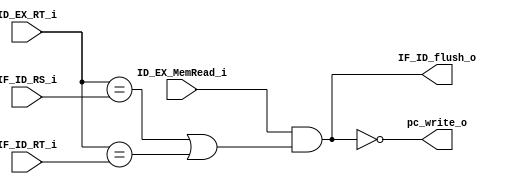
module HazardDetectUnit(
                               input ID_EX_MemRead_i,
							   input [5-1:0] ID_EX_RT_i,
							   input [5-1:0] IF_ID_RS_i,
							   input [5-1:0] IF_ID_RT_i,
							   output pc_write_o,
							   output IF_ID_flush_o
							   );

assign pc_write_o = ~(ID_EX_MemRead_i && ((ID_EX_RT_i == IF_ID_RS_i) || (ID_EX_RT_i == IF_ID_RT_i)));
assign IF_ID_flush_o = (ID_EX_MemRead_i && ((ID_EX_RT_i == IF_ID_RS_i) || (ID_EX_RT_i == IF_ID_RT_i)));

/*
always @(*) begin
  if(ID_EX_MemRead_i && (ID_EX_RT_i == IF_ID_RS_i) || (ID_EX_RT_i == IF_ID_RT_i)) begin
      pc_write_o <= 1'b0;
      IF_ID_flush_o <= 1'b1;
  end
  else begin
      pc_write_o <= 1'b1;
      IF_ID_flush_o <= 1'b0;
  end
end
*/

endmodule